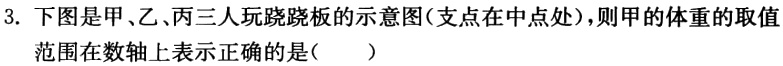
3. 下图是甲、乙、丙三人玩跷跷板的示意图(支点在中点处)，则甲的体重的取值范围在数轴上表示正确的是（  ）